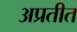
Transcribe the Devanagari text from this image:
अप्रतीत